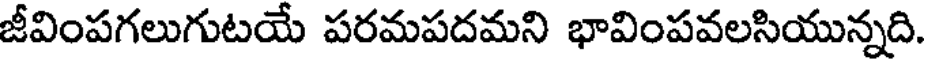
జీవింపగలుగుటయే పరమపదమని భావింపవలసియున్నది.